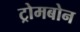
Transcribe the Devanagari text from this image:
ट्रोमबोन